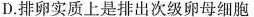
D.排卵实质上是排出次级卵母细胞